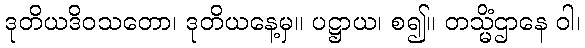
ဒုတိယဒိဝသတော၊ ဒုတိယနေ့မှ။ ပဋ္ဌာယ၊ စ၍။ တသ္မိံဌာနေ ဝါ၊